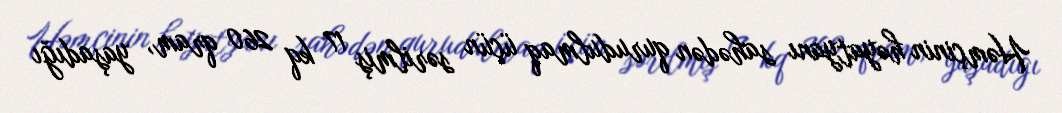
Həmçinin həyatyanı sahədən qurudulmaq üçün sərilmiş 17 kq 260 qram, yaşadığı